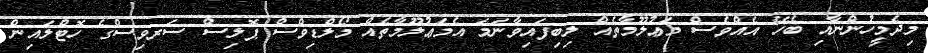
މިދެމީހުންނާއި ބެހޭ އެއްވެސް މަޢުލޫމާތެއް ލިބިފައިވާނަމަ އެމަޢުލޫމާތެއް މޯލްޑިވްސް ޕޮލިސް ސަރވިސްގެ ހޮޓްލައިން